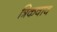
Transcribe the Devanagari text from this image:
त्रिकवाव